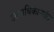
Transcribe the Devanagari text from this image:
उत्तराधिकाऱ्यांत